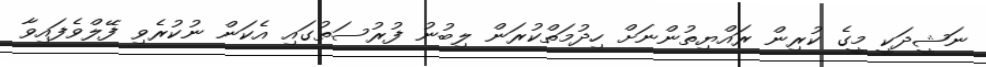
ނަޝީދަކީ މީގެ ކުރިން ރައްޔިތުންނަށް ހިދުމަތްކުރަން ލިބުނު ފުރުސަތުގައި އެކަން ނުކުރެވި ފޭލްވެފައިވާ